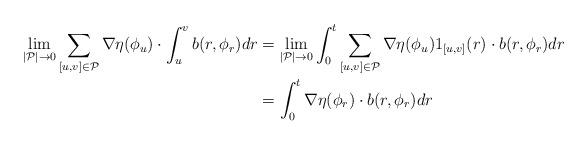
LaTeX: \begin{align*} \lim_{|\mathcal{P}| \rightarrow 0} \sum_{[u,v] \in \mathcal{P}} \nabla\eta(\phi_{u}) \cdot \int_u^v b(r,\phi_r)dr & = \lim_{|\mathcal{P}| \rightarrow 0} \int_0^t \sum_{[u,v] \in \mathcal{P}} \nabla\eta(\phi_{u})1_{[u,v]}(r) \cdot b(r,\phi_r) dr \\ & = \int_0^t \nabla\eta(\phi_r) \cdot b(r,\phi_r) dr\end{align*}